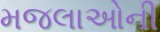
મજલાઓની